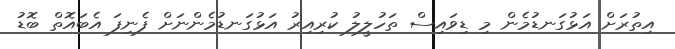
އިތުރަށް އަޅުގަނޑުމެން މި ޑިވައިސް ތަހުލީލު ކުރިއިރު އަޅުގަނޑުމެންނަށް ފެނިފަ އެބައޮތް ބޮޑު